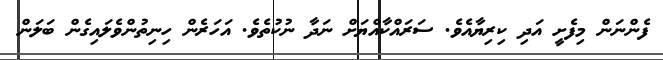
ފެންނަން މިފެށީ އަދި ކިރިޔާއެވެ. ސަރައްކާއްޔަށް ނަދާ ނުކުތެވެ. އަހަރެން ހިނިތުންވެލައިގެން ބަލަން